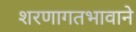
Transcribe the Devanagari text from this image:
शरणागतभावाने